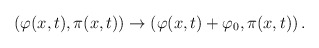
\begin{align*}\left(\varphi(x,t),\pi(x,t)\right) \to \left(\varphi(x,t)+\varphi_0,\pi(x,t) \right).\end{align*}